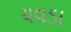
ચવડા